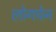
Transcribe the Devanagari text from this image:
लोगचेन